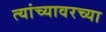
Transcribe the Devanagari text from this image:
त्यांच्यावरच्या